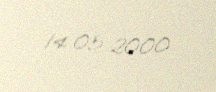
14.05.2000